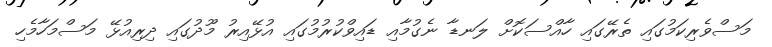
މަސްވެރިކަމުގައި ތެރޭގައި ހާއްސަކޮށް ލަނޑާ ނެގުމާއި ޑައިވްކުރުމުގައި އުޅޭއިރު މޫދުގައި ދިރިއުޅޭ މަސްމަހާމެހި